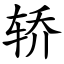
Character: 轿